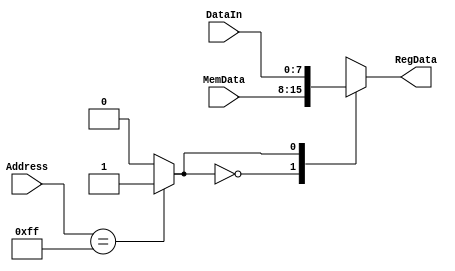
module Parallel_IN(MemData, DataIn, Address, RegData);


input [7:0] Address, MemData, DataIn;

output reg [7:0]RegData;


wire sel;

assign sel = (Address == 8'hFF) ? 1:0;


	always@(sel)
	begin
	case(sel)
	2'b00:RegData = MemData;
	2'b01:RegData = DataIn;
	endcase
	
	
	end
endmodule